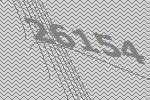
26154